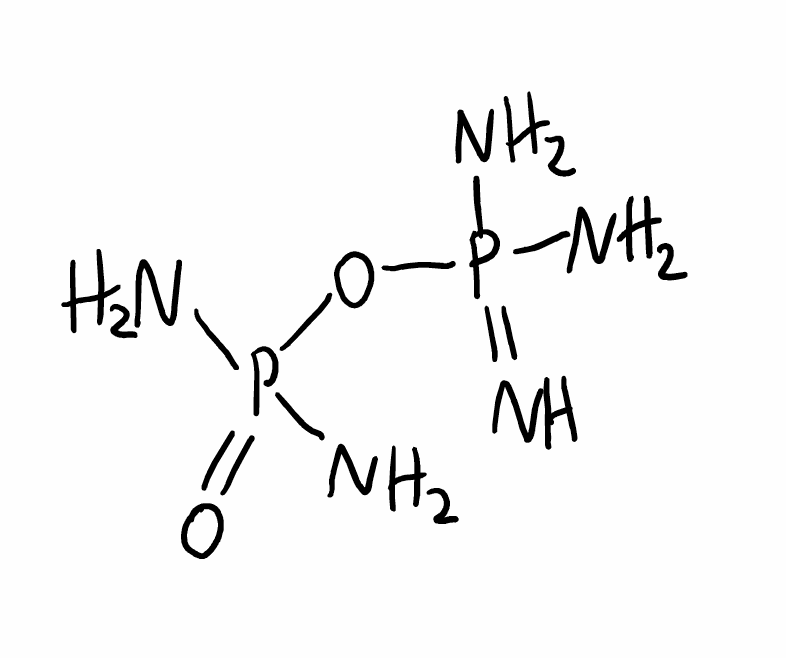
Simplified molecular-input line-entry system (SMILES) notation of the given molecule:
NP(=N)(N)OP(=O)(N)N